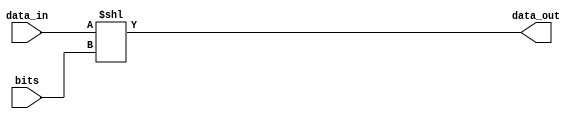
module Bshifterleft(data_in, data_out, bits);
	input [31:0] data_in;
	input [31:0] bits;
	output [31:0] data_out;
assign data_out = data_in << bits;
endmodule